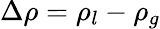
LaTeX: \Delta\rho=\rho_{l}-\rho_{g}